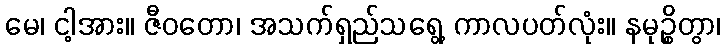
မေ၊ ငါ့အား။ ဇီဝတော၊ အသက်ရှည်သရွေ့ ကာလပတ်လုံး။ နမုဉ္စိတွာ၊